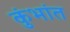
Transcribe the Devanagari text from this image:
कुंभांत